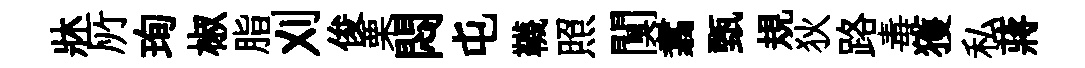
牀𠩄珣椒脂刈俊栗悶屯韈照闃翥甄規狄路毒獲私蔣